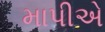
માપીએ